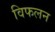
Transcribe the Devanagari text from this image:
विफलन